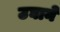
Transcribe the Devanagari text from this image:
उघाने